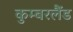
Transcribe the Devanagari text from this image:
कुम्बरलैंड